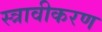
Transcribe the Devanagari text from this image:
स्त्रावीकरण